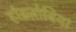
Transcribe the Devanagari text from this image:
र्हाइज़ोबिया